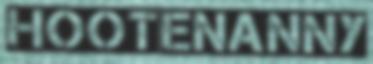
HOOTENANNY